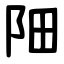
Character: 䧃